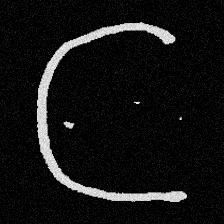
Pyu character \u2014 Myanmar letter: ဋ (romanized: tta)